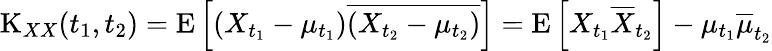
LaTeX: \operatorname{K}_{XX}(t_{1},t_{2})=\operatorname{E}\left[(X_{t_{1}}-\mu_{t_{1}}){\overline{{(X_{t_{2}}-\mu_{t_{2}})}}}\right]=\operatorname{E}\left[X_{t_{1}}{\overline{{X}}}_{t_{2}}\right]-\mu_{t_{1}}{\overline{{\mu}}}_{t_{2}}